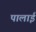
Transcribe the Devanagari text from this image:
पालाई